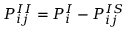
P _ { i j } ^ { I I } = P _ { i } ^ { I } - P _ { i j } ^ { I S }